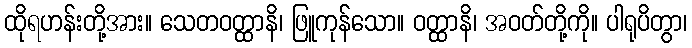
ထိုရဟန်းတို့အား။ သေတဝတ္ထာနိ၊ ဖြူကုန်သော။ ဝတ္ထာနိ၊ အဝတ်တို့ကို။ ပါရုပိတွာ၊